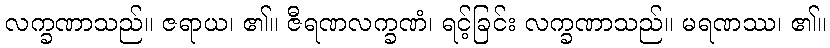
လက္ခဏာသည်။ ဇရာယ၊ ၏။ ဇီရဏလက္ခဏံ၊ ရင့်ခြင်း လက္ခဏာသည်။ မရဏဿ၊ ၏။